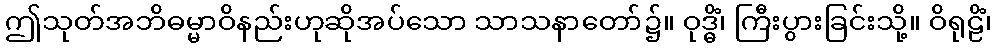
ဤသုတ်အဘိဓမ္မာဝိနည်းဟုဆိုအပ်သော သာသနာတော်၌။ ဝုဒ္ဓိံ၊ ကြီးပွားခြင်းသို့။ ဝိရုဠိံ၊